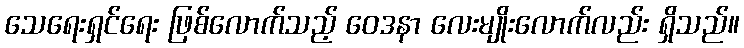
သေရေးရှင်ရေး ဖြစ်လောက်သည့် ဝေဒနာ လေးမျိုးလောက်လည်း ရှိသည်။